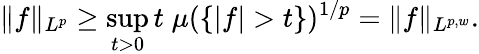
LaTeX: \| f\| _{L^{p}}\geq\operatorname*{sup}_{t>0}t\; \mu(\{ |f|>t\} )^{1/p}=\| f\| _{L^{p,w}}.